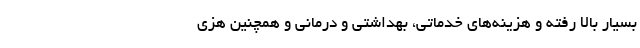
بسیار بالا رفته و هزینه‌های خدماتی، بهداشتی و درمانی و همچنین هزی